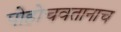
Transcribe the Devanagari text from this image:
पोहोचवतानाच